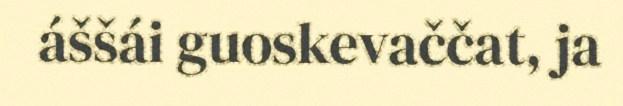
áššái guoskevaččat, ja